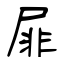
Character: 屝